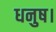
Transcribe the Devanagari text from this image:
धनुष।